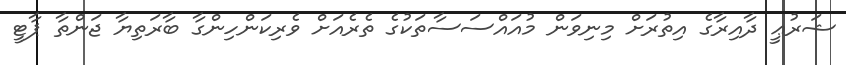
ޝަރުޢީ ދާއިރާގެ އިތުރަށް މިނިވަން މުއައްސަސާތަކުގެ ތެރެއަށް ވެރިކަންހިންގާ ބާރަތިޔާ ޖަންތާ ޕާޓީ